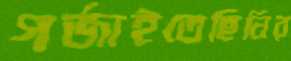
গর্জাইতেছিনির